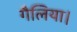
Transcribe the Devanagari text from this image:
गैलिया।